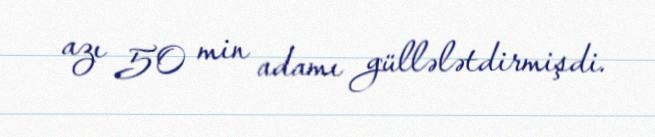
azı 50 min adamı güllələtdirmişdi.